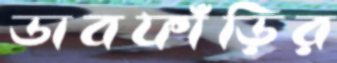
ডাবফাঁড়ির